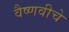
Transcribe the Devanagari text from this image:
वैष्णवीचे